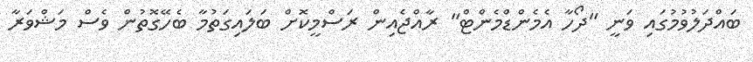
ބައްދަލުވުމުގައި ވަނީ "ދޯހާ އެމެންޑްމެންޓް" ރާއްޖެއިން ރަސްމީކޮށް ބަލައިގަތުމާ ބެހޭގޮތުން ވެސް މަޝްވަރާ